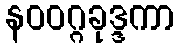
နဝဝဂ္ဂခုဒ္ဒကာ